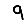
Digit: 9